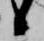
候